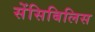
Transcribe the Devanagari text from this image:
सेंसिबिलिस